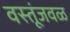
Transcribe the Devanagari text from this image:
वस्तूंजवळ